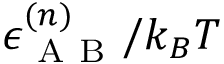
\epsilon _ { \mathrm { ~ A ~ B ~ } } ^ { ( n ) } / k _ { B } T